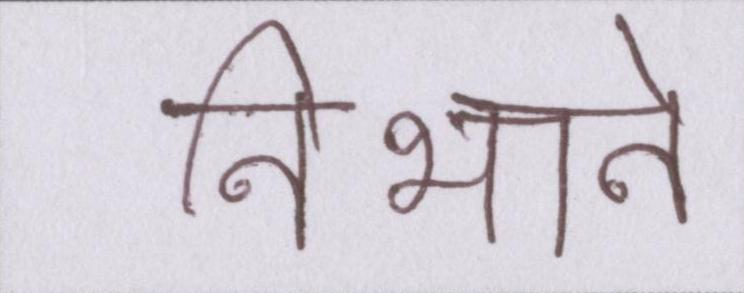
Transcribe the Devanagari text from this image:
निभाने